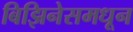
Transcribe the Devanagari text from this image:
बिझिनेसमधून